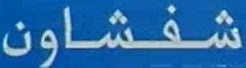
شفشوان